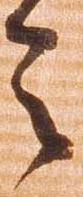
令